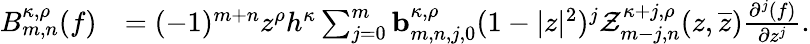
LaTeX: \begin{array}{rl}{B_{m,n}^{\kappa,\rho}(f)}&{=(-1)^{m+n}z^{\rho}h^{\kappa}\sum_{j=0}^{m}\mathbf{b}_{m,n,j,0}^{\kappa,\rho}(1-|z|^{2})^{j}\mathcal{Z}_{m-j,n}^{\kappa+j,\rho}(z,\overline{{z}})\frac{\partial^{j}(f)}{\partial z^{j}}.}\end{array}